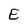
Character: E